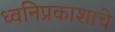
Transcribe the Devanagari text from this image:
ध्वनिप्रकाशाचे